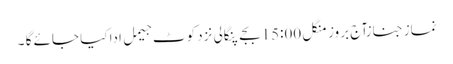
نماز جنازآج بروز منگل 15:00بجے پنگالی نزد کوٹ جیمل ادا کیا جائے گا ۔